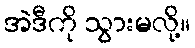
အဲဒီကို သွားမလို့။